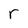
Character: r